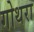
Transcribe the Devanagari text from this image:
गोथरा